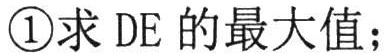
\textcircled{1}求 \(DE\) 的最大值；